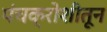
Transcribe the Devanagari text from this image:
पंचक्रोशीतून